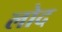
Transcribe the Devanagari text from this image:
लोद